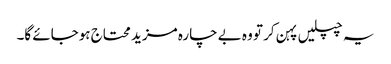
یہ چپلیں پہن کر تو وہ بے چارہ مزید محتاج ہوجائے گا۔